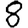
Digit: 8